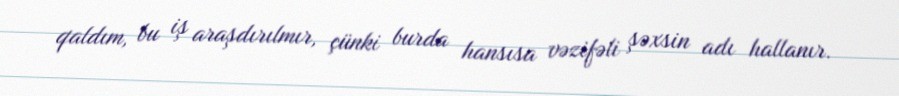
qaldım, bu iş araşdırılmır, çünki burda hansısa vəzifəli şəxsin adı hallanır.